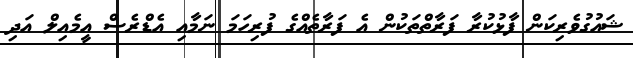
ޝައުގުވެރިކަން ފާޅުކުރާ ފަރާތްތަކުން އެ ފަރާތެއްގެ ފުރިހަމަ ނަމާއި އެޑްރެސް އީމެއިލް އަދި